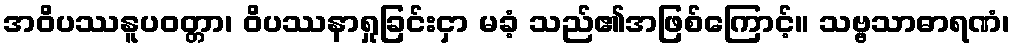
အဝိပဿနူပဝတ္တာ၊ ဝိပဿနာရှုခြင်းငှာ မခံ့ သည်၏အဖြစ်ကြောင့်။ သဗ္ဗသာဓာရဏံ၊